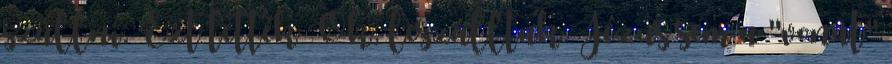
szállni. Ezt tették Ők, leszálltak. Jézus sem a "vonat"